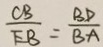
\frac { C B } { E B } = \frac { B D } { B A }